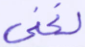
لغني